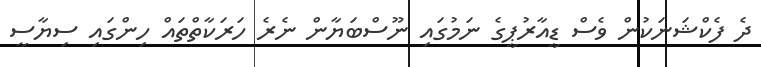
ދެ ފެކްޝަނަކުން ވެސް ޑީއާރުޕީގެ ނަމުގައި ނޫސްބަޔާން ނެރެ ހަރަކާތްތައް ހިންގައި ސިޔާސީ